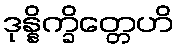
ဒုန္နိက္ခိတ္တေဟိ